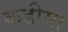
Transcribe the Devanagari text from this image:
कडीमा